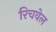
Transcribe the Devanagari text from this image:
रिचवेल